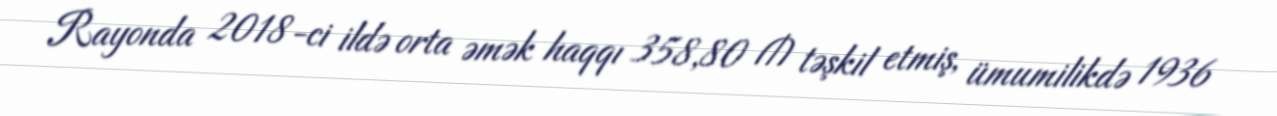
Rayonda 2018-ci ildə orta əmək haqqı 358,80 ₼ təşkil etmiş, ümumilikdə 1936